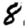
Digit: 8